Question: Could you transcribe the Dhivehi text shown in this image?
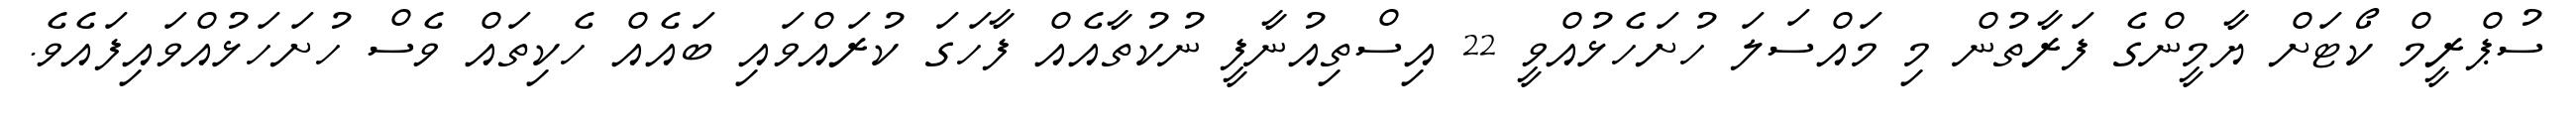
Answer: ސުޕްރީމް ކޯޓަށް ޔާމީންގެ ފަރާތުން މި މައްސަލަ ހުށަހެޅުއްވީ 22 އިސްތިއުނާފީ ނުކުތާއެއް ފާހަގަ ކުރައްވައި ބައެއް ހެކިތައް ވެސް ހުށަހަޅުއްވައިފައެވެ.